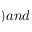
) a n d